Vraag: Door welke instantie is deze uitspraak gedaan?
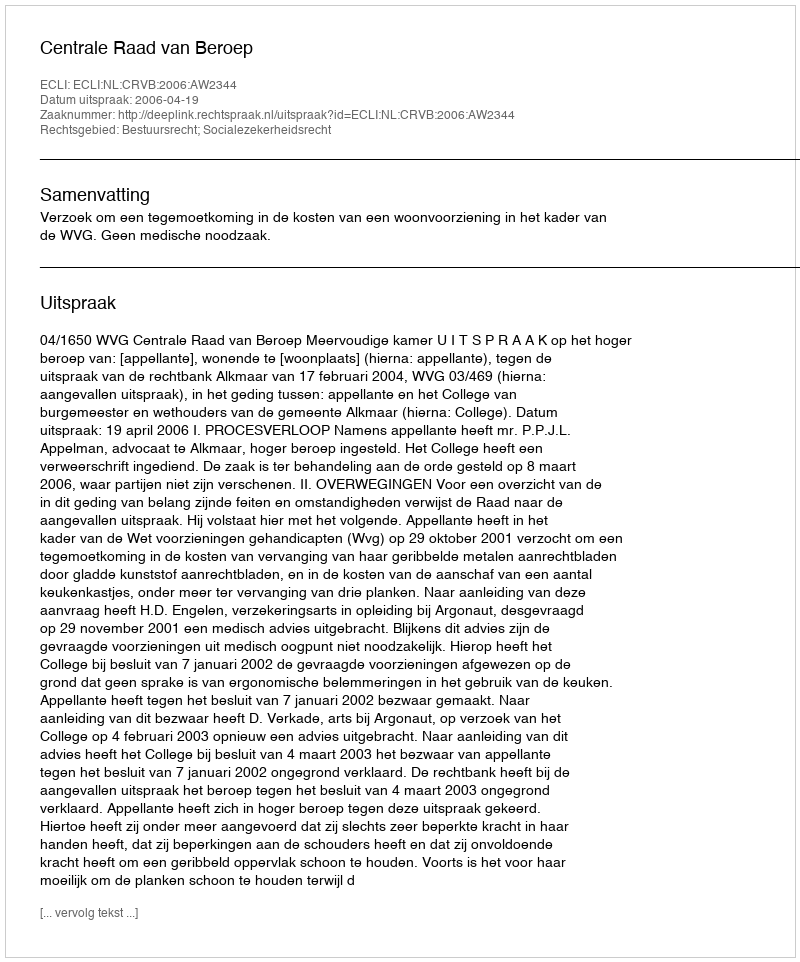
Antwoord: Centrale Raad van Beroep